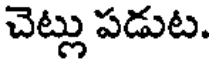
చెట్లు పడుట.